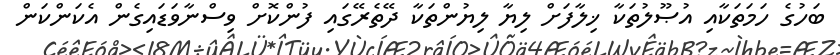
ބަހުގެ ހަމަތަކާއި އުޞޫލުތަކާ ޚިލާފަށް ލިޔާ ލިޔުންތަކާ ދޭތެރޭގައި ފުންކޮށް ވިސްނާވަޑައިގެން އެކަންކަން